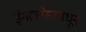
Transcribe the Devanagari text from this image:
ईगलनेस्टमधून